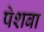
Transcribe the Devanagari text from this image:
पेशबा